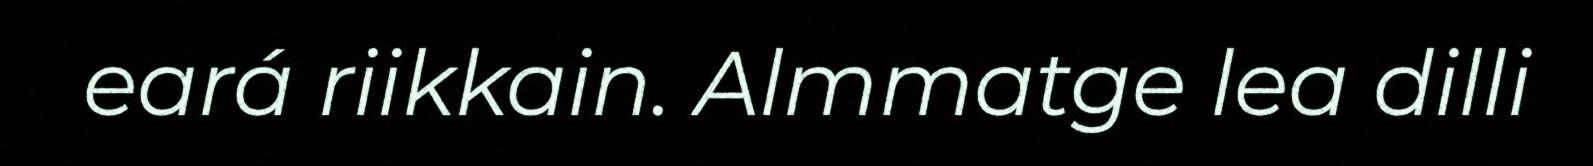
eará riikkain. Almmatge lea dilli